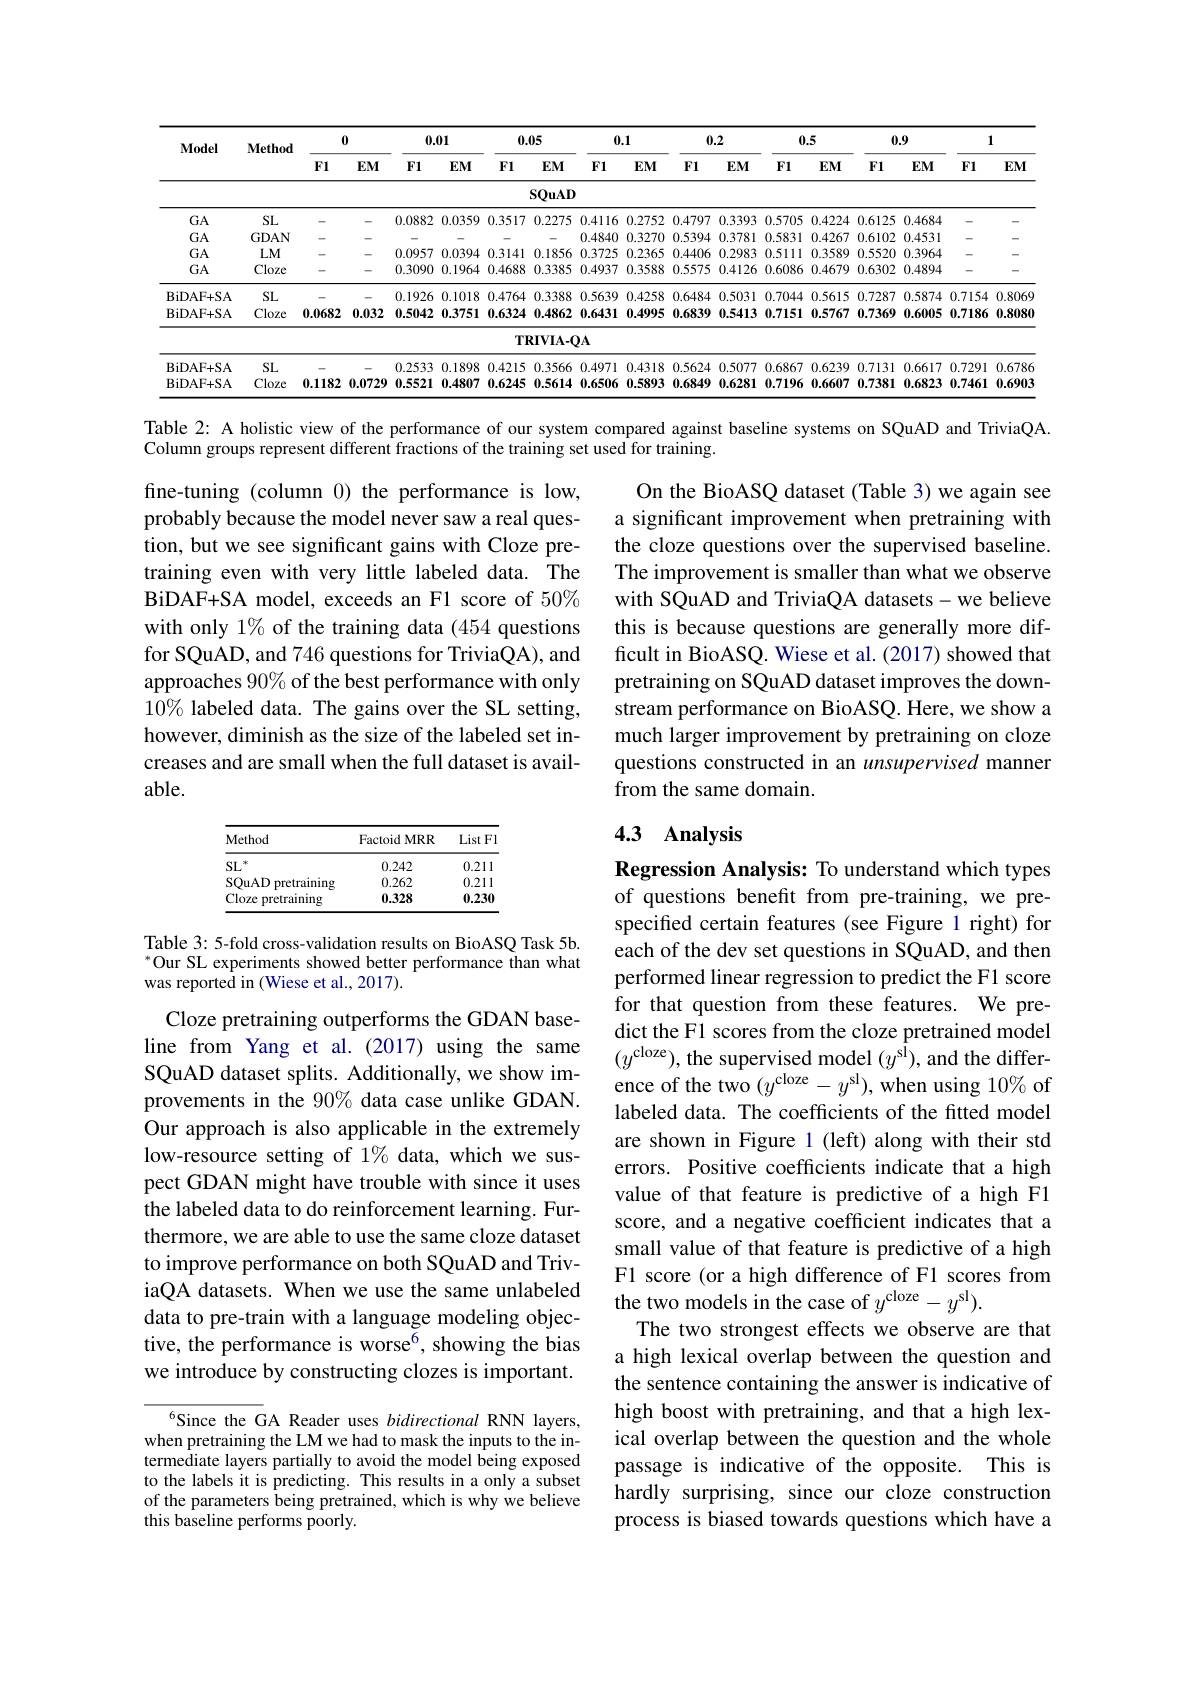
<table>
	<tbody>
		<tr>
			<th rowspan="2">$\mathbf{Model}$</th>
			<th rowspan="2">Method</th>
			<th colspan="2">0</th>
			<th colspan="2">0.01</th>
			<th rowspan="1">0.05</th>
			<th>0</th>
			<th colspan="2">0.1 0</th>
			<th colspan="2">0.5</th>
			<th colspan="2">0.9</th>
			<th colspan="2">1</th>
		</tr>
		<tr>
			<th>$F1$</th>
			<th>$EM$</th>
			<th>F1</th>
			<th>$EMI$</th>
			<th>$EM$</th>
			<th>$F1$</th>
			<th>$EM$</th>
			<th>FI</th>
			<th>$FI$</th>
			<th>$EMI$</th>
			<th>$F1$</th>
			<th>$EMI$</th>
			<th>$F1$</th>
			<th>$EMI$</th>
		</tr>
		<tr>
			<td> </td>
			<td> </td>
			<td> </td>
			<td> </td>
			<td> </td>
			<td> </td>
			<td>SQuAD</td>
			<td> </td>
			<td> </td>
			<td> </td>
			<td> </td>
			<td> </td>
			<td> </td>
			<td> </td>
			<td> </td>
			<td> </td>
		</tr>
		<tr>
			<td>$GA$</td>
			<td>SL</td>
			<td> </td>
			<td>-</td>
			<td>0882 0.</td>
			<td>1.0359</td>
			<td>0.2275</td>
			<td>0.4116</td>
			<td>0.2752</td>
			<td>0.4797</td>
			<td>0.5705</td>
			<td>0.422</td>
			<td>0.6125</td>
			<td>0.4684</td>
			<td>-</td>
			<td>-</td>
		</tr>
		<tr>
			<td>$GA$</td>
			<td>GDAN</td>
			<td> </td>
			<td>-</td>
			<td>-</td>
			<td>-</td>
			<td> </td>
			<td>0.4840</td>
			<td>0.3270</td>
			<td>0.5394</td>
			<td>0.5831</td>
			<td>0.4267</td>
			<td>0.6102</td>
			<td>0.4531</td>
			<td> </td>
			<td>-</td>
		</tr>
		<tr>
			<td>$GA$</td>
			<td>$LM$</td>
			<td> </td>
			<td>- -</td>
			<td>0957 0.</td>
			<td>1.0394</td>
			<td>0.1856</td>
			<td>0.3725</td>
			<td>0.2365</td>
			<td>0.4406</td>
			<td>0.5111</td>
			<td>0.3580</td>
			<td>0.5520</td>
			<td>0.3964</td>
			<td> </td>
			<td>-</td>
		</tr>
		<tr>
			<td>$GA$</td>
			<td>Cloze</td>
			<td>-</td>
			<td>-</td>
			<td>3090 0</td>
			<td>1.1964 </td>
			<td>0.3385</td>
			<td>0.4937</td>
			<td>0.3588</td>
			<td>0.5575</td>
			<td>0.6086</td>
			<td>$0.467\zeta$ 1</td>
			<td>0.6302</td>
			<td>0.4894</td>
			<td>-</td>
			<td>-</td>
		</tr>
		<tr>
			<td>BiDAF+ SA</td>
			<td>SL</td>
			<td> </td>
			<td>-</td>
			<td>1926 0.</td>
			<td>1.1018</td>
			<td>0.3388</td>
			<td>0.5639</td>
			<td>0.4258</td>
			<td>0.6484</td>
			<td>0.7044</td>
			<td>0.5615</td>
			<td>0.7287</td>
			<td>0.5874</td>
			<td>0.7154</td>
			<td>0.8069</td>
		</tr>
		<tr>
			<td>BiDAF+ SA</td>
			<td>Cloze</td>
			<td>0.0682</td>
			<td>0.032</td>
			<td>5042 0.</td>
			<td>1.3751</td>
			<td>0.4862</td>
			<td>0.6431</td>
			<td>0.4995</td>
			<td>0.6839</td>
			<td>0.7151</td>
			<td>0.5767</td>
			<td>0.7369</td>
			<td>0.6005</td>
			<td>0.7186</td>
			<td>0.8080</td>
		</tr>
		<tr>
			<td> </td>
			<td> </td>
			<td> </td>
			<td> </td>
			<td> </td>
			<td> </td>
			<td>RIVIA-C</td>
			<td>$2A$</td>
			<td> </td>
			<td> </td>
			<td> </td>
			<td> </td>
			<td> </td>
			<td> </td>
			<td> </td>
			<td> </td>
		</tr>
		<tr>
			<td>BiDAF+ SA</td>
			<td>SL</td>
			<td> </td>
			<td> </td>
			<td>2533 0.</td>
			<td>1.1898</td>
			<td>0.3566</td>
			<td>0.4971</td>
			<td>0.4318</td>
			<td>0.5624</td>
			<td>0.6867</td>
			<td>$0.623\zeta$</td>
			<td>0.7131</td>
			<td>0.6617</td>
			<td>0.7291</td>
			<td>0.6786</td>
		</tr>
		<tr>
			<td>BiDAF+ SA</td>
			<td>Cloze</td>
			<td>0.1182</td>
			<td>).0729</td>
			<td>5521 0.</td>
			<td>1.4807</td>
			<td>0.5614</td>
			<td>0.6506</td>
			<td>0.5893</td>
			<td>0.6849</td>
			<td>0.7196</td>
			<td>0.6607 1</td>
			<td>0.7381</td>
			<td>0.6823</td>
			<td>0.7461</td>
			<td>0.6903</td>
		</tr>
	</tbody>
</table>

Table 2: A holistic view of the performance of our system compared against baseline systems on SQuAD and TriviaQA.

Column groups represent different fractions of the training set used for training.

On the BioASQ dataset (Table 3) we again see a significant improvement when pretraining with the cloze questions over the supervised baseline. The improvement is smaller than what we observe with SQuAD and TriviaQA datasets-we believe this is because questions are generally more difficult in BioASQ. Wiese et al. (2017) showed that pretraining on SQuAD dataset improves the downstream performance on BioASQ. Here, we show a much larger improvement by pretraining on cloze questions constructed in an unsupervised manner from the same domain.

fine-tuning (column 0) the performance is low, probably because the model never saw a real question, but we see significant gains with Cloze pretraining even with very little labeled data. The BiDAF+SA model, exceeds an F1 score of 50% with only 1% of the training data (454 questions for SQuAD, and 746 questions for TriviaQA), and approaches 90% of the best performance with only $10\%$ labeled data. The gains over the SL setting, however, diminish as the size of the labeled set increases and are small when the full dataset is available.

# 4.3 Analysis

<table>
	<tbody>
		<tr>
			<th>Method</th>
			<th>Factoid MRR</th>
			<th>ListFI</th>
		</tr>
		<tr>
			<td>SL 冰</td>
			<td>0.242</td>
			<td>0.211</td>
		</tr>
		<tr>
			<td>SOuAD pretraining</td>
			<td>0.262</td>
			<td>0.211</td>
		</tr>
		<tr>
			<td>Cloze pretraining</td>
			<td>0.328</td>
			<td>0.230</td>
		</tr>
	</tbody>
</table>

Table 3: 5-fold cross-validation results on BioASQ Task 5b. $^{*}$Our SL experiments showed better performance than what was reported in (Wiese et al., 2017).

Regression Analysis: To understand which types of questions benefit from pre-training, we prespecifed certain features (see Figure 1 right) for each of the dev set questions in SQuAD, and then performed linear regression to predict the F1 score for that question from these features. We predict the F1 scores from the cloze pretrained model $(y^{\mathrm{cloze}})$,the supervised model $(y^{\mathrm{sl}})$,and the difference of the two $(y^\mathrm{cloze}-y^\mathrm{sl})$,when using 10% of labeled data. The coefficients of the fitted model are shown in Figure 1 (left) along with their std errors. Positive coefficients indicate that a high value of that feature is predictive of a high F1 score, and a negative coefficient indicates that a small value of that feature is predictive of a high F1 score (or a high difference of F1 scores from the two models in the case of $y^\mathrm{cloze}-y^\mathrm{sl}).$
The two strongest effects we observe are that a high lexical overlap between the question and the sentence containing the answer is indicative of high boost with pretraining, and that a high lexical overlap between the question and the whole passage is indicative of the opposite. This is hardly surprising, since our cloze construction process is biased towards questions which have a

Cloze pretraining outperforms the GDAN baseline from Yang et al.(2017) using the same SQuAD dataset splits. Additionally, we show improvements in the 90% data case unlike GDAN. Our approach is also applicable in the extremely low-resource setting of 1% data, which we suspect GDAN might have trouble with since it uses the labeled data to do reinforcement learning. Furthermore, we are able to use the same cloze dataset to improve performance on both SQuAD and TriviaQA datasets. When we use the same unlabeled data to pre-train with a language modeling objective, the performance is worse$^6$, showing the bias we introduce by constructing clozes is important.

Since the GA Reader uses bidirectional RNN layers, when pretraining the LM we had to mask the inputs to the intermediate layers partially to avoid the model being exposed to the labels it is predicting. This results in a only a subset of the parameters being pretrained, which is why we believe this baseline performs poorly.